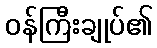
ဝန်ကြီးချုပ်၏